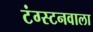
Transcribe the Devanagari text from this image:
टंग्स्टनवाला